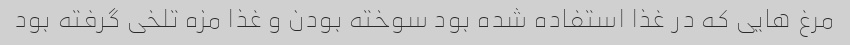
مرغ هایی که در غذا استفاده شده بود سوخته بودن و غذا مزه تلخی گرفته بود